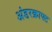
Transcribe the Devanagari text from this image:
अंडरक्राफ्ट